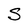
Character: S